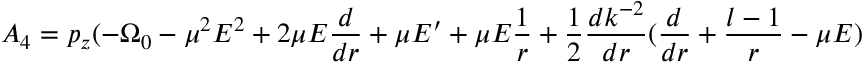
A _ { 4 } = p _ { z } ( - \Omega _ { 0 } - \mu ^ { 2 } E ^ { 2 } + 2 \mu E \frac { d } { d r } + \mu E ^ { \prime } + \mu E \frac { 1 } { r } + \frac { 1 } { 2 } \frac { d k ^ { - 2 } } { d r } ( \frac { d } { d r } + \frac { l - 1 } { r } - \mu E )